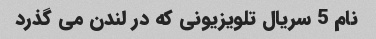
نام 5 سریال تلویزیونی که در لندن می گذرد